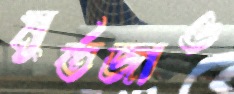
মুর্তজাও